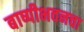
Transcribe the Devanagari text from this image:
बाष्पीभवनचा